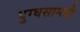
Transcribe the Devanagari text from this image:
दुग्धसामग्री